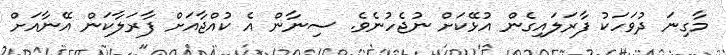
މާގިނަ ދުވަހަކު ފާރަލައިގެން އުޅޭކަށް ނުޖެހުނެވެ. ސިނާން އެ ކުއްޖާއަށް ފާރަލާކަން އޭނާއަށް